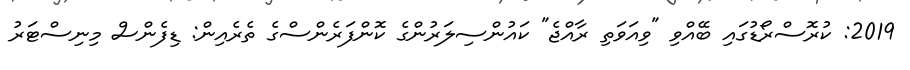
2019: ކުރޮސްރޯޑުގައި ބޭއްވި "ވިއަވަތި ރާއްޖެ" ކައުންސިލަރުންގެ ކޮންފަރެންސްގެ ތެރެއިން: ޑިފެންސް މިނިސްޓަރު